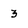
Character: 3